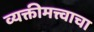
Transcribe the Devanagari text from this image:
व्यक्तीमत्त्वाचा